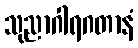
သုညာဂါရဂတာနံ